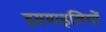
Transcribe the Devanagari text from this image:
इसमाइलियों